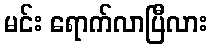
မင်း ရောက်လာပြီလား